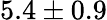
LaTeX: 5.4\pm 0.9